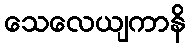
သေလေယျကာနိ